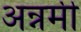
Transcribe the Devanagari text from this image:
अन्नमी